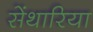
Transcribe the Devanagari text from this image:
सेंथारिया